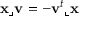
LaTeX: \mathbf { x } \lrcorner \mathbf { v } = - \mathbf { v } ^ { t } \llcorner \mathbf { x }